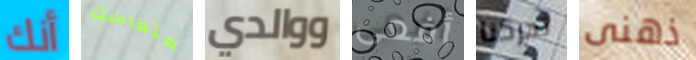
أنك متماسك ووالدي أفعى تحركنا ذهنى